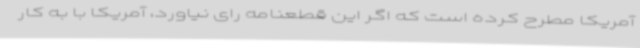
آمریکا مطرح کرده است که اگر این قطعنامه رای نیاورد، آمریکا با به کار